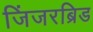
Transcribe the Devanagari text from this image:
जिंजरब्रिड